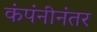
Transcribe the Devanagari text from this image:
कंपंनीनंतर